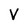
Character: V